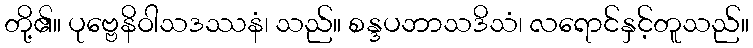
တို့၏။ ပုဗ္ဗေနိဝါသဒဿနံ၊ သည်။ စန္ဒပဘာသဒိသံ၊ လရောင်နှင့်တူသည်။